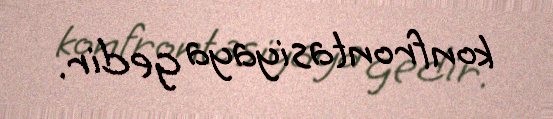
konfrontasiyaya gedir.